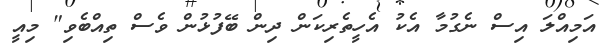
އަމިއްލަ އިސް ނެގުމާ އެކު އެހީތެރިކަން ދިން ބޭފުޅުން ވެސް ތިއްބެވި" މިއީ